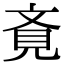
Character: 斍